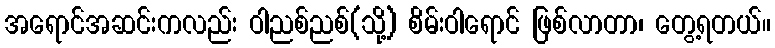
အရောင်အဆင်းကလည်း ဝါညစ်ညစ်(သို့) စိမ်းဝါရောင် ဖြစ်လာတာ၊ တွေ့ရတယ်။